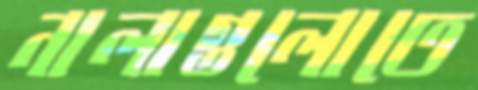
নালাগুলোতে